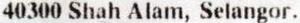
40300 SHAH ALAM, SELANGOR.